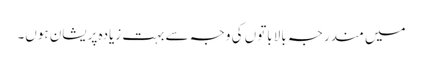
میں مندرجہ بالا باتوں کی وجہ سے بہت زیادہ پریشان ہوں۔